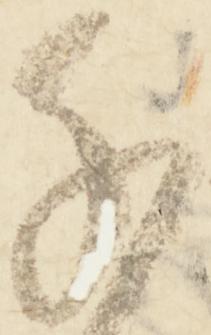
千